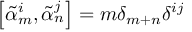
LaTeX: \left[ { \tilde { \alpha } } _ { m } ^ { i } , { \tilde { \alpha } } _ { n } ^ { j } \right] = m \delta _ { m + n } \delta ^ { i j }